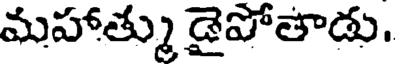
మహాత్ము డైపోతాడు.